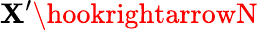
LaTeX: \mathbf{X}^{\prime}\hookrightarrowN